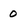
Character: 0